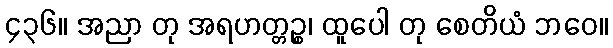
၄၃၆။ အညာ တု အရဟတ္တဉ္စ၊ ထူပေါ တု စေတိယံ ဘဝေ။